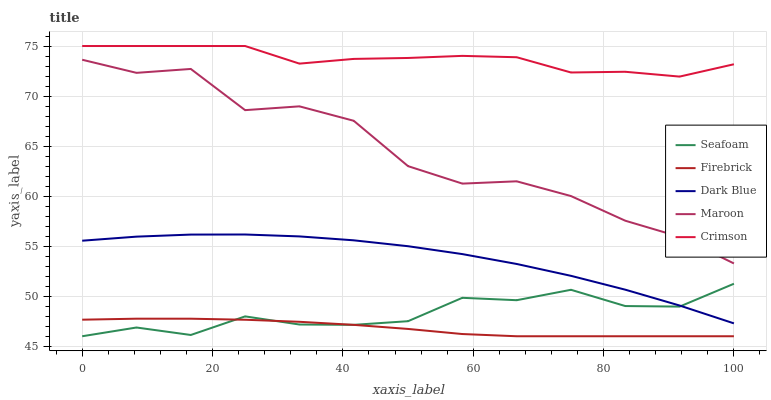
| xaxis_label | Seafoam | Firebrick | Dark Blue | Maroon | Crimson |
 | --- | --- | --- | --- | --- | --- |
 | 0 | 46 | 47.7 | 55.5 | 73.6 | 75 |
 | 8.33 | 46.9 | 47.8 | 56 | 72.3 | 75 |
 | 16.7 | 46.1 | 47.8 | 56.2 | 72.7 | 75 |
 | 25 | 48 | 47.6 | 56.2 | 68.6 | 75 |
 | 33.3 | 47.2 | 47.4 | 56 | 69 | 73.2 |
 | 41.7 | 47.1 | 47.1 | 55.6 | 67.5 | 73.7 |
 | 50 | 47.5 | 46.7 | 55 | 63 | 73.8 |
 | 58.3 | 49.8 | 46.2 | 54.2 | 61.3 | 74 |
 | 66.7 | 49.6 | 46 | 53.2 | 61.5 | 73.9 |
 | 75 | 50.6 | 46 | 52 | 60 | 72.4 |
 | 83.3 | 49 | 46 | 50.7 | 57.5 | 72.4 |
 | 91.7 | 49 | 46 | 49.1 | 55.9 | 71.9 |
 | 100 | 51.2 | 46 | 47.3 | 53.3 | 73.2 |